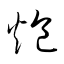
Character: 炮